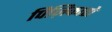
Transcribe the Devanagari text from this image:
पिज़िकाटो